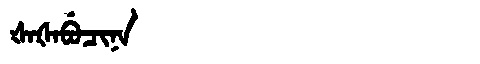
Manchu: ᡧᠠᡧᠠᠪᡠᠴᡳᠨᠠ
Romanization: ŠAŠABUCINA